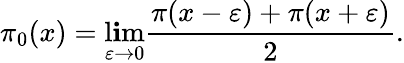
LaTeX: \pi_{0}(x)=\operatorname*{l\mathbf{i}m}_{\varepsilon\rightarrow0}{\frac{{\pi(x-\varepsilon)+\pi(x+\varepsilon)}}{{2}}}.